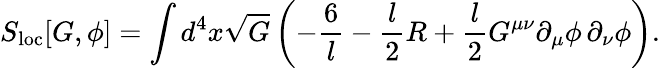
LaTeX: S_{\mathrm{loc}}[G,\phi]=\int d^{4}x\sqrt{G}\left(-\frac{6}{l}-{\frac{l}{2}}R+{\frac{l}{2}}G^{\mu\nu}\partial_{\mu}\phi\, \partial_{\nu}\phi\right).